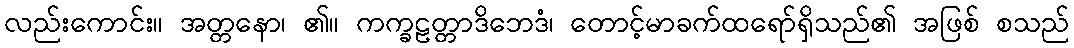
လည်းကောင်း။ အတ္တနော၊ ၏။ ကက္ခဠတ္တာဒိဘေဒံ၊ တောင့်မာခက်ထရော်ရှိသည်၏ အဖြစ် စသည်